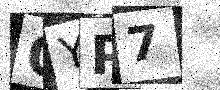
Text: OYP7